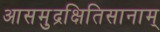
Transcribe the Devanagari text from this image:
आसमुद्रक्षितिसानाम्